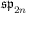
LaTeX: { \mathfrak { s p } } _ { 2 n }